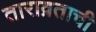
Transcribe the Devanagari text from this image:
ताराव्रताची